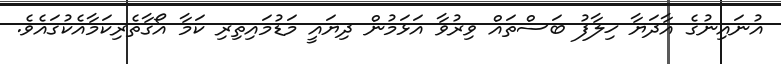
އުނައިނުގެ އާދަޔާ ޚިލާފު ބަސްތައް ވިރުވާ އަޅަމުން ދިޔައީ މަޑުމައިތިރި ކަމާ އޯގާތެރިކަމާއެކުގައެވެ.